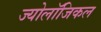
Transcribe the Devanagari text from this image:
ज्योलॉजिकल